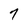
Character: 7